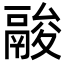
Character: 𩰺